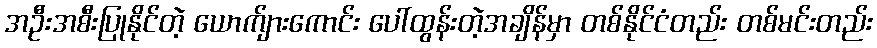
အဦးအစီးပြုနိုင်တဲ့ ယောက်ျားကောင်း ပေါ်ထွန်းတဲ့အချိန်မှာ တစ်နိုင်ငံတည်း တစ်မင်းတည်း